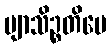
ဗျာသိဉ္စတိပေ